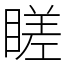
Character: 䁟